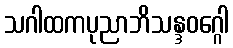
သဂါထကပုညာဘိသန္ဒဝဂ္ဂေါ